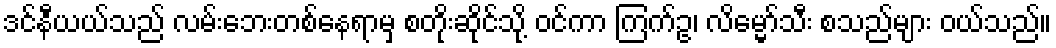
ဒင်နီယယ်သည် လမ်းဘေးတစ်နေရာမှ စတိုးဆိုင်သို့ ဝင်ကာ ကြက်ဥ၊ လိမ္မော်သီး စသည်များ ဝယ်သည်။